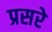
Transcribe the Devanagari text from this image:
प्रसरे